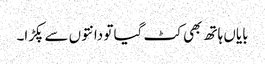
بایاں ہاتھ بھی کٹ گیا تو دانتوں سے پکڑا۔